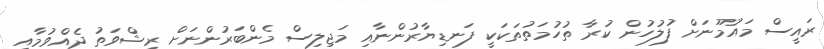
ރައީސް މައުމޫނަށް ފުލުހުން ކުރާ ތުހުމަތުތަކަކީ ފަނޑިޔާރުންނާއި މަޖިލިސް މެންބަރުންނަށް ރިޝްވަތު ދެއްވުމާއި